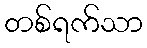
တစ်ရက်သာ